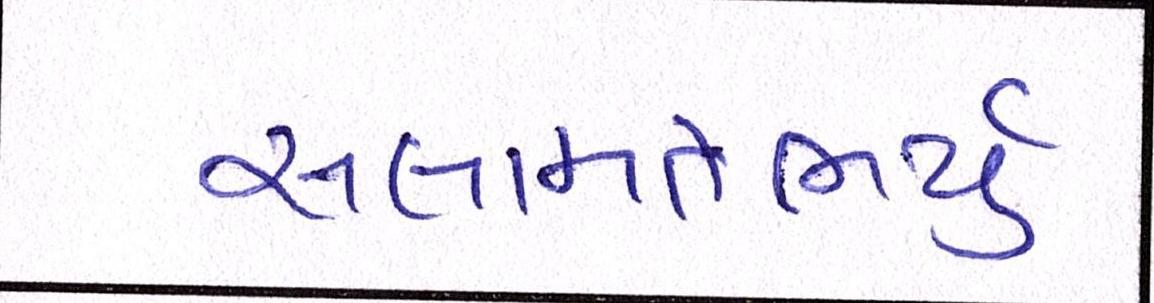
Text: સલામતભર્યું